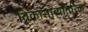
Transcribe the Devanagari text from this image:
विकासाव्यतिरिक्त